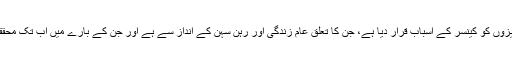
اِس رپورٹ کے مرتبین نے پہلی بار ایسی چیزوں کو کینسر کے اسباب قرار دیا ہے، جن کا تعلق عام زندگی اور رہن سہن کے انداز سے ہے اور جن کے بارے میں اب تک محققین کے مابین بھی اختلاف رائے پایا جاتا تھا۔